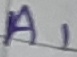
Text: A1